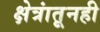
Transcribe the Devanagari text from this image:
क्षेत्रांतूनही